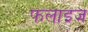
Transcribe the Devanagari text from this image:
फलाइज